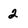
Character: 2